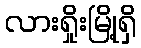
လားရှိုးမြို့ရှိ